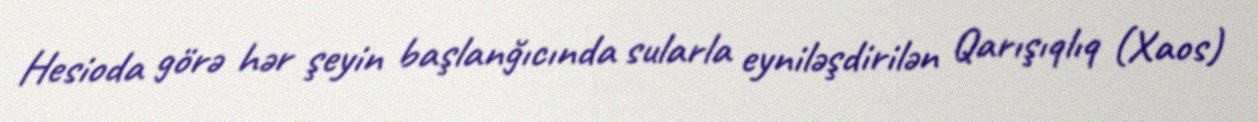
Hesioda görə hər şeyin başlanğıcında sularla eyniləşdirilən Qarışıqlıq (Xaos)